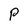
Character: P